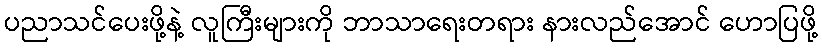
ပညာသင်ပေးဖို့နဲ့ လူကြီးများကို ဘာသာရေးတရား နားလည်အောင် ဟောပြဖို့